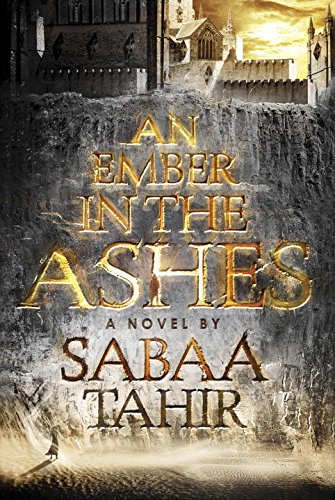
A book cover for An Ember in the Ashes; Sabaa Tahir; Teen & Young Adult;